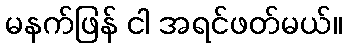
မနက်ဖြန် ငါ အရင်ဖတ်မယ်။